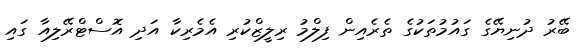
ބޭރު ދުނިޔޭގެ ގައުމުތަކުގެ ތެރެއިން ފިލްމު ރިލީޒްކުރި އެމެރިކާ އަދި އޮސްޓްރޭލިއާ ގައި